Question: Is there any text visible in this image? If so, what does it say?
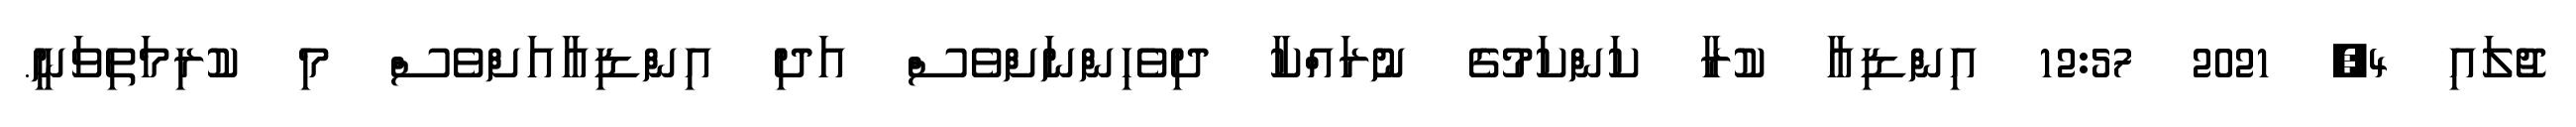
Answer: ޖުލައި 4, 2021 12:57 އިންޑިއާ ކުރާ ކަންކަމުގެ ނުރައްކާ ދިވެހިންނަށްވެސް އަދި އިންޑިއާއަށްވެސް މި ކުރިމަތިވަނީ.